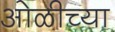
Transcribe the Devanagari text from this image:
ओळीच्या